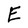
Character: E